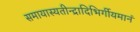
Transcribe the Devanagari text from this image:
समायास्यतीन्द्रादिभिर्गीयमानं